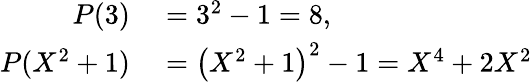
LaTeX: \begin{array}{rl}{P(3)}&{{}=3^{2}-1=8,}\\ {P(X^{2}+1)}&{{}=\left(X^{2}+1\right)^{2}-1=X^{4}+2X^{2}}\end{array}